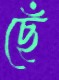
ছেঁ